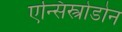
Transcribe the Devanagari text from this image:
एन्सिस्त्रोडोन